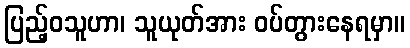
ပြည့်ဝသူဟာ၊ သူယုတ်အား ဝပ်တွားနေရမှာ။